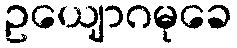
ဥယျောဂမုခေ